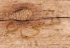
شيء